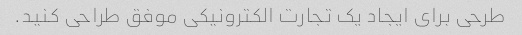
طرحی برای ایجاد یک تجارت الکترونیکی موفق طراحی کنید.